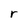
Character: r